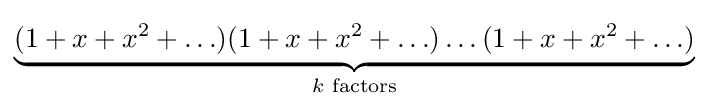
\underbrace {(1+x+x^{2}+\ldots )(1+x+x^{2}+\ldots )\ldots (1+x+x^{2}+\ldots )} _{k{\text{ factors}}}